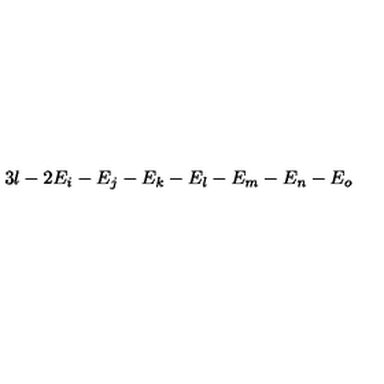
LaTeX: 3 l - 2 E _ { i } - E _ { j } - E _ { k } - E _ { l } - E _ { m } - E _ { n } - E _ { o }